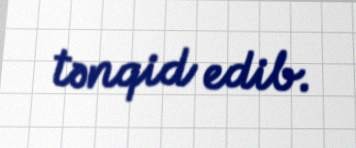
tənqid edib.